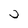
Character: J